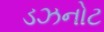
ડઝનોટ